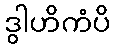
ဒွါဟိကံပိ